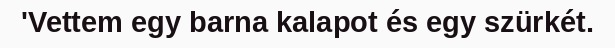
'Vettem egy barna kalapot és egy szürkét.